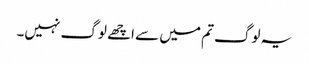
یہ لوگ تم میں سے اچھے لوگ نہیں۔